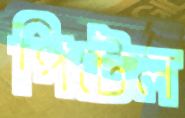
পিটেল